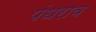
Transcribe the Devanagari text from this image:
पंधराव